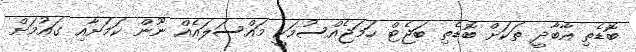
ބޮޑެތި އާބާދީ ތަކަށް ބޮޑެތި ބަޖެޓް ހަމަޖެއްސުމަކީ މައްސަލައެއް ނޫން ކަމަށާއި ގައުމަށް